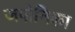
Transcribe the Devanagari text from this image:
जपोनिका